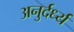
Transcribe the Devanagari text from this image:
अनुर्दर्ध्य